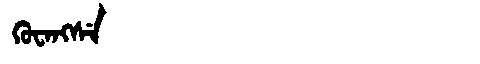
Manchu: ᡴᡠᠸᠠᠩᠰᡝ
Romanization: KUWANGSE